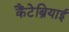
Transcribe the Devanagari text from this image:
कैंटेब्रियाई